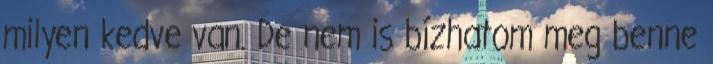
milyen kedve van. De nem is bízhatom meg benne